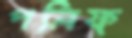
পলিফ্